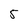
Character: 5